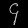
Digit: ၄